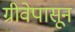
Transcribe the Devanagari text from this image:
ग्रीवेपासून